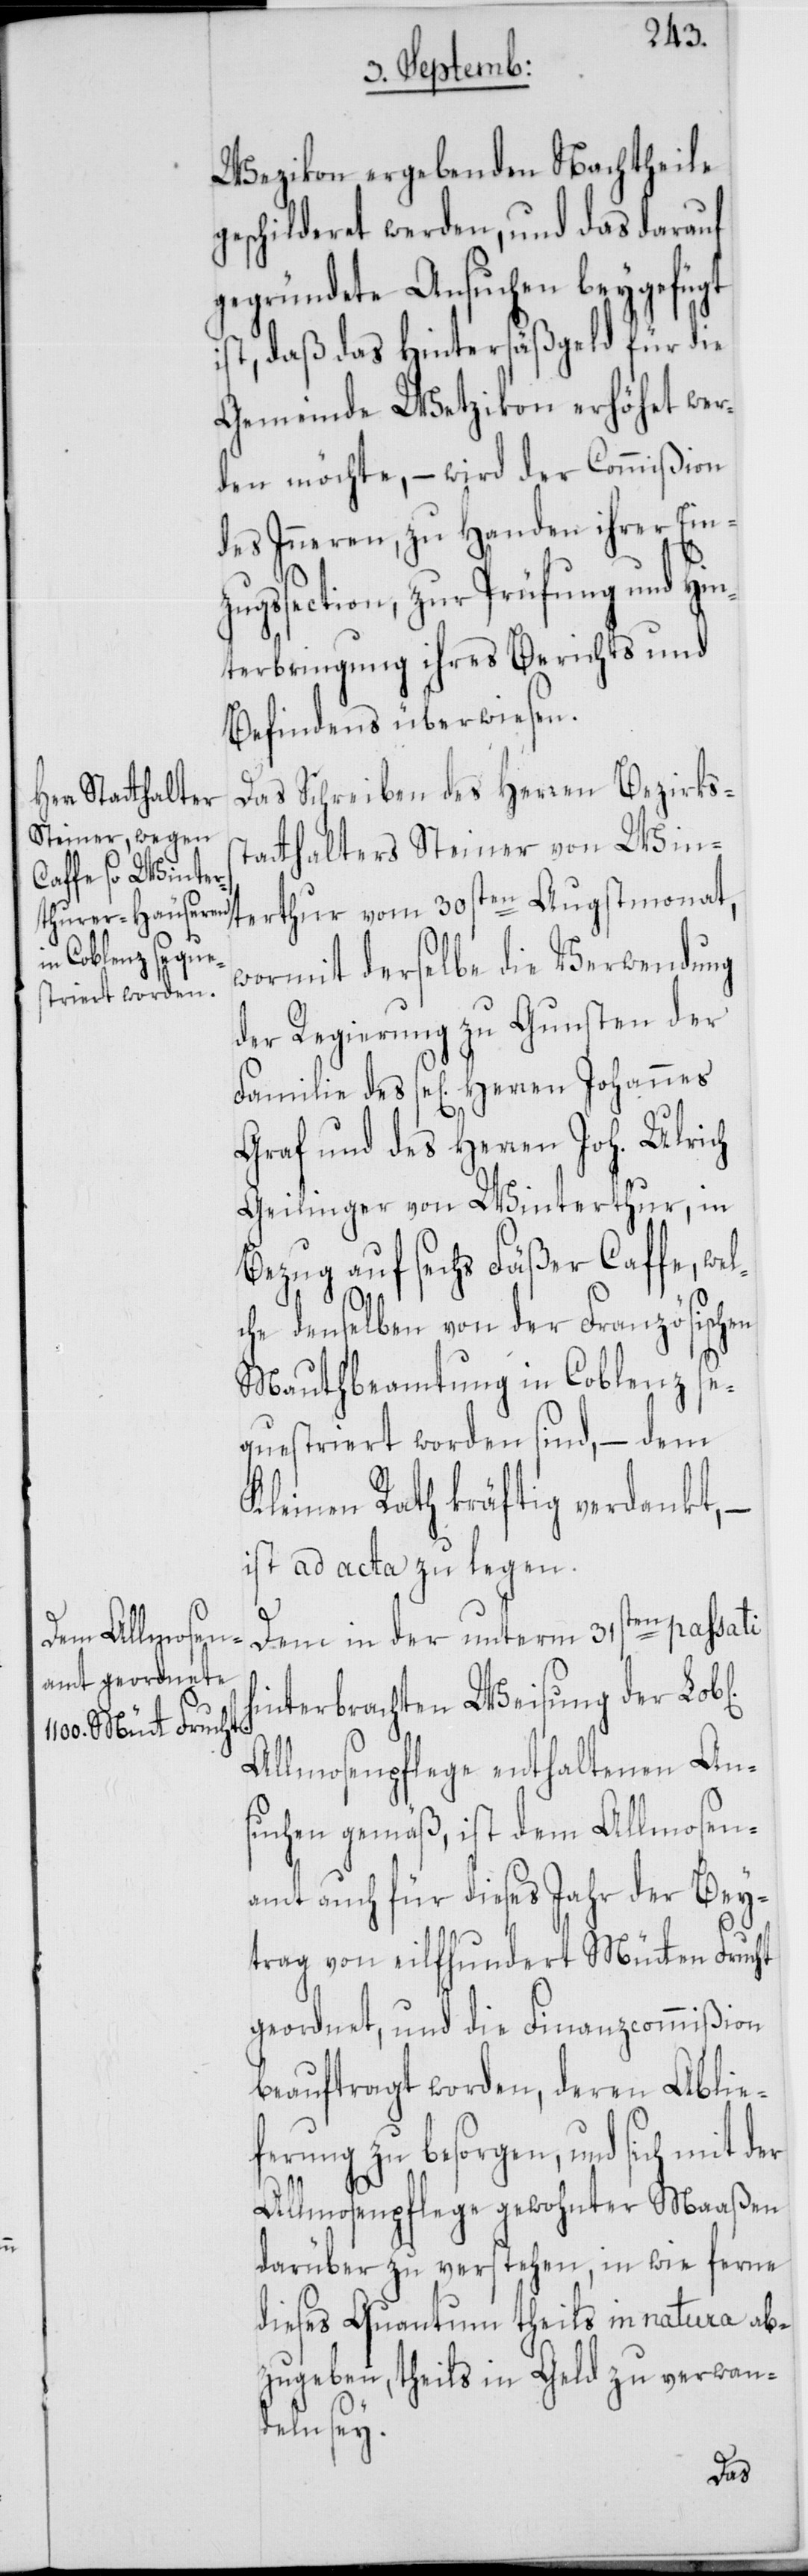
Wezikon ergebenden Nachtheile
geschilderet werden, und das darauf
gegründete Ansuchen beygefügt
ist, daß das Hintersäßgeld für die
Gemeinde Wetzikon erhöhet wer¬
den möchte, – wird der Commißion
des Inneren, zu Handen ihrer Einzu¬
gssection, zur Prüfung und Hi¬
nterbringung ihres Berichts und
Befindens überwiesen.
Das Schreiben des Herren Bezirkss¬
tatthalters Steiner von Win¬
terthur vom 30sten Augstmonat,
wormit derselbe die Verwendung
der Regierung zu Gunsten der
Familie des se[ligen] Herren Johannes
Graf und des Herren Joh. Ulrich
Geilinger von Winterthur, in
Bezug auf sechs Fäßer Caffe, wel¬
che denselben von der Französischen
Mautbeamtung in Coblenz se¬
questriert worden sind, – dem
Kleinen Rath kräftig verdankt, –
ist ad acta zu legen.
Dem in der unterm 31sten passati
hinterbrachten Weisung der Lo¬
Allmosenpflege enthaltenen An¬
suchen gemäß, ist dem Allmosen¬
amt auch für dieses Jahr der Bey¬
trag von eilfhundert Mütten Frucht
geordnet, und die Finanzcommißion
beauftragt worden, deren Ablie¬
ferung zu besorgen, und sich mit
Allmosenpflege gewohnter Maaßen
darüber zu verstehen, in wie ferne
dieses Quantum theils in natura ab¬
zugeben, theils in Geld zu verwan¬
deln sey.